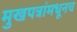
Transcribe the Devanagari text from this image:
मुखपत्रांमधूनच